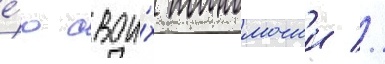
е́ю свои́х полномочии //